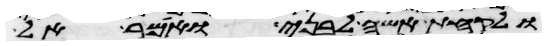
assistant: ולקחת אשה לבני ואמר אל